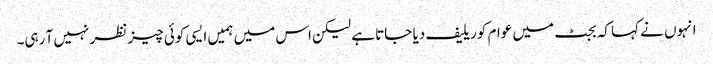
انہوں نے کہا کہ بجٹ میں عوام کو ریلیف دیا جاتا ہے لیکن اس میں ہمیں ایسی کوئی چیز نظر نہیں آ رہی۔